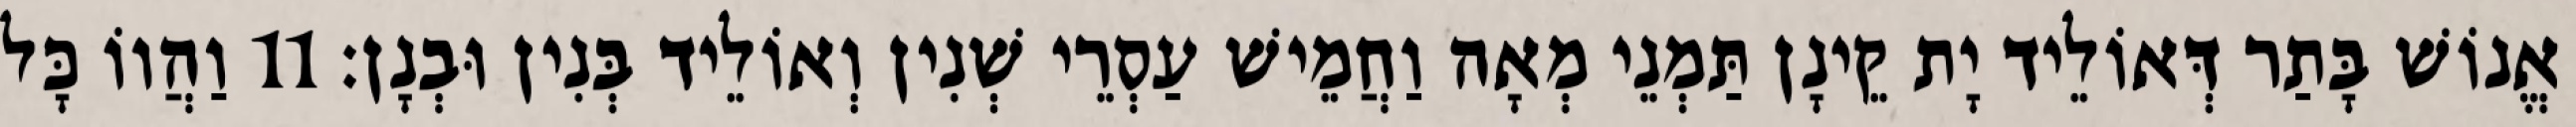
אֱנוֹשׁ בָּתַר דְּאוֹלֵיד יָת קֵינָן תַּמְנֵי מְאָה וַחֲמֵישׁ עַסְרֵי שְׁנִין וְאוֹלֵיד בְּנִין וּבְנָן׃ 11 וַהֲווֹ כָּל